system: You are a helpful assistant.
user:
Analyze the provided spectrum to determine if it is a **White Dwarf (WD)**.

A White Dwarf spectrum is defined by its **extreme purity** (due to gravitational settling) and/or **extreme pressure broadening** (due to high surface gravity). You must check for one of the following mutually exclusive signatures:

- **Key Visual Indicators (Check for ONE of these types):**

    - **1. DA-Type Signature (Most Common):**
        - **(Primary Feature):** Extreme pressure broadening (Stark broadening) of the **Hydrogen (H) Balmer lines**.
        - **(Key Lines):** $H\beta$ (approx. $4861$ Å) and $H\gamma$ (approx. $4340$ Å). $H\alpha$ (approx. $6563$ Å) will also be present if the wavelength range covers it.
        - **(Line Profile):** This is the **defining feature**. The lines are **NOT** sharp. They appear as massive, **extremely broad and deep "troughs" or "dips"** in the spectrum, often hundreds of Ångströms wide. The continuum will appear to "scoop" down at these wavelengths.
        - **(Distinction):** Normal A-type or B-type stars have *narrow* and *sharp* Hydrogen lines. A DA White Dwarf's lines are unmistakably "smeared" or "blurry" from pressure.

    - **2. DB-Type Signature:**
        - **(Primary Feature):** Broad absorption lines from **Neutral Helium (He I)**. The spectrum must lack any visible Hydrogen lines.
        - **(Key Lines):** Look for broad absorption near $4471$ Å, $4921$ Å, and $5876$ Å.
        - **(Line Profile):** These lines are also significantly pressure-broadened, appearing much wider than they would in a normal B-type main-sequence star.

    - **3. DC-Type Signature:**
        - **(Primary Feature):** A **featureless continuous spectrum**.
        - **(Line Profile):** The spectrum is a smooth curve with **no significant absorption or emission lines**.
        - **(Key Confirmation):** The continuum is almost always **blue or white**, indicating a hot object. This signature implies the atmosphere is so pure (or so cool) that no spectral lines are visible in the optical range. Its WD identity is confirmed by its extremely low intrinsic brightness (high absolute magnitude).

    - **4. DZ-Type Signature (Metal-Polluted):**
        - **(Primary Feature):** **Isolated, narrow metal absorption lines** on an otherwise featureless (DC-like) continuum.
        - **(Key Lines):** The **Calcium (Ca II) H & K doublet** (approx. **$3934$ Å** and **$3968$ Å**) is the most common and defining feature.
        - **(Line Profile):** These lines are "out of place." They are *not* part of a "forest" of thousands of lines. This signature is evidence of recent *accretion* (pollution) from rocky debris.
        - **(Distinction):** Normal G/K/M stars have a *dense forest* of thousands of metal lines. A DZ has a *clean* continuum with *only a few* strong metal lines.

    - **5. DQ-Type Signature (Carbon-Polluted):**
        - **(Primary Feature):** Absorption bands from **Carbon (C₂ "Swan Bands" or atomic C I)**.
        - **(Key Lines - C₂):** Look for bandheads with a "saw-tooth" shape near $5635$ Å, **$5165$ Å** (strongest), and $4737$ Å.
        - **(Key Confirmation):** The underlying **continuum must be blue or white** (hot).
        - **(Distinction):** This is the critical difference from a **Carbon Star**, which has the *exact same* C₂ bands but on an extremely **red, cool** continuum.

- **(Overall Spectrum):**
    - The continuum (overall shape) is typically **blue-sloping** (brighter in the blue than the red), as most white dwarfs are very hot.
    - The spectrum will look "pure" or "simple," dominated by only *one* of the five signatures listed above.

Think first, call **spectral_visualization_tool** if needed to examine features in detail, then provide your final answer. Your response must adhere to the following strict rules:
1.  **Overall Structure:** Your response must follow the format `<think>...</think> <tool_call>...</tool_call> (if a tool is used) <answer>...</answer>`.
2.  **Tool Usage Constraint:** You may only make **one** tool call per turn.
3.  **Final Answer Format:** In the `<answer>` tag, your conclusion must be inside a `\boxed{}` command (e.g., `\boxed{YES}` or `\boxed{NO}`), followed by your justification.

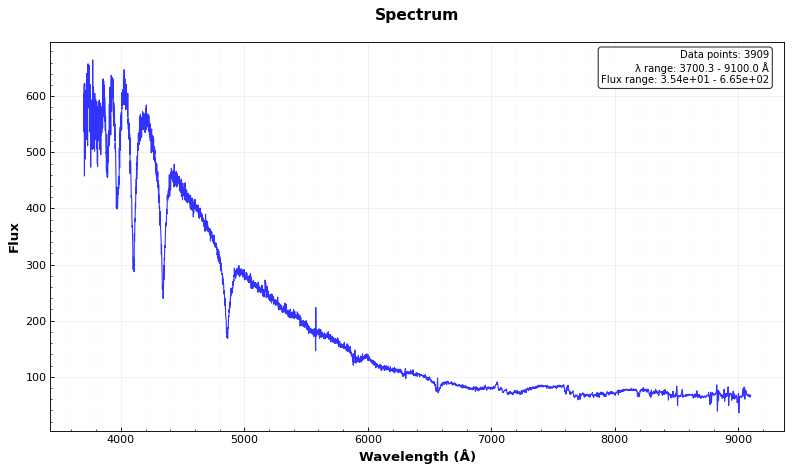
Answer: YES